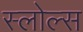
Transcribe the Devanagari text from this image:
स्लोल्स